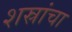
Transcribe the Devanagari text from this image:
शस्रांचा